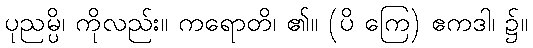
ပုညမ္ပိ၊ ကိုလည်း။ ကရောတိ၊ ၏။ (ပိ ကြေ) ဧကဒါ၊ ၌။